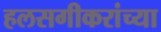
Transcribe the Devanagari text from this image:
हलसगीकरांच्या